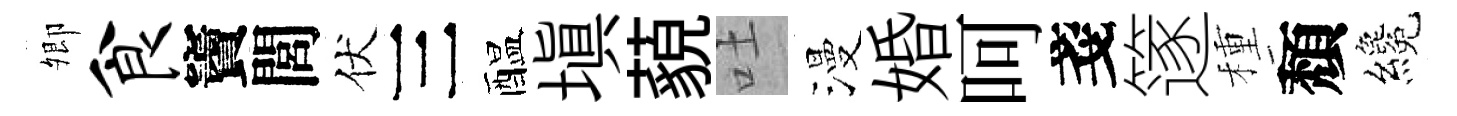
𡖖食竇閭伏三醖填藐吐漫婚呵戔篴種頽纔